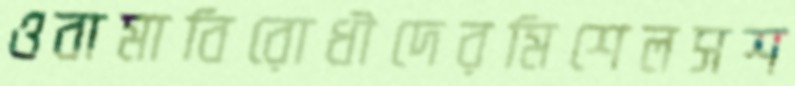
ওবামাবিরোধীদেরমিশেলসশ